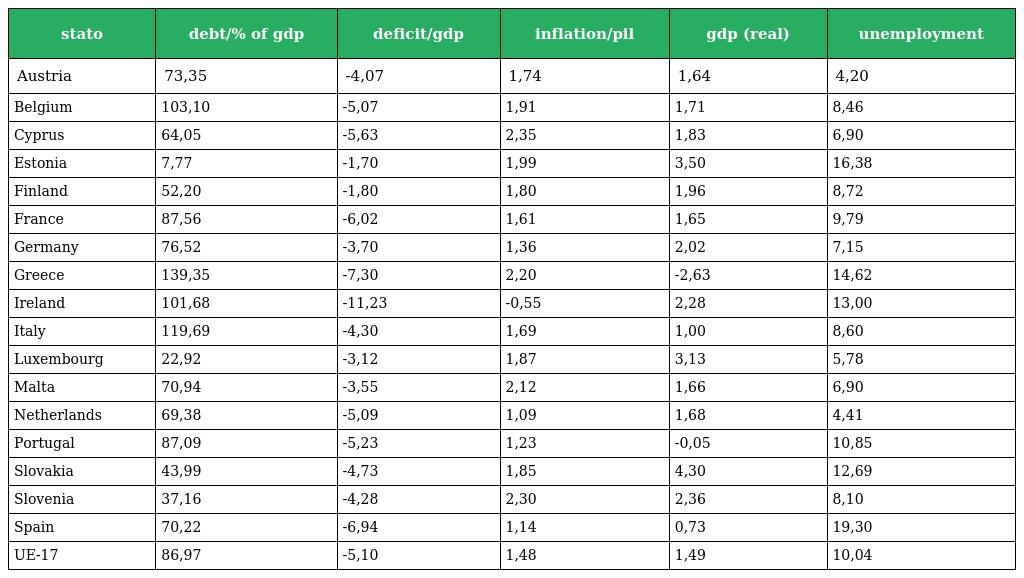
| stato | debt/% of gdp | deficit/gdp | inflation/pil | gdp (real) | unemployment |
 | --- | --- | --- | --- | --- | --- |
 | Austria | 73,35 | -4,07 | 1,74 | 1,64 | 4,20 |
 | Belgium | 103,10 | -5,07 | 1,91 | 1,71 | 8,46 |
 | Cyprus | 64,05 | -5,63 | 2,35 | 1,83 | 6,90 |
 | Estonia | 7,77 | -1,70 | 1,99 | 3,50 | 16,38 |
 | Finland | 52,20 | -1,80 | 1,80 | 1,96 | 8,72 |
 | France | 87,56 | -6,02 | 1,61 | 1,65 | 9,79 |
 | Germany | 76,52 | -3,70 | 1,36 | 2,02 | 7,15 |
 | Greece | 139,35 | -7,30 | 2,20 | -2,63 | 14,62 |
 | Ireland | 101,68 | -11,23 | -0,55 | 2,28 | 13,00 |
 | Italy | 119,69 | -4,30 | 1,69 | 1,00 | 8,60 |
 | Luxembourg | 22,92 | -3,12 | 1,87 | 3,13 | 5,78 |
 | Malta | 70,94 | -3,55 | 2,12 | 1,66 | 6,90 |
 | Netherlands | 69,38 | -5,09 | 1,09 | 1,68 | 4,41 |
 | Portugal | 87,09 | -5,23 | 1,23 | -0,05 | 10,85 |
 | Slovakia | 43,99 | -4,73 | 1,85 | 4,30 | 12,69 |
 | Slovenia | 37,16 | -4,28 | 2,30 | 2,36 | 8,10 |
 | Spain | 70,22 | -6,94 | 1,14 | 0,73 | 19,30 |
 | UE-17 | 86,97 | -5,10 | 1,48 | 1,49 | 10,04 |